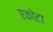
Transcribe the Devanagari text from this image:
एकोटा